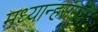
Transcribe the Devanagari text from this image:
मध्यान्हसमयी